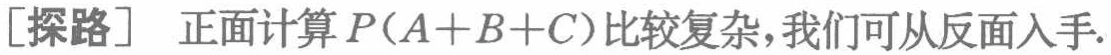
[探路] 正面计算 \(P(A + B + C)\)比较复杂，我们可从反面入手.